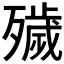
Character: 𣩪